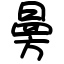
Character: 㬅